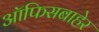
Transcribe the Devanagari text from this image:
ऑफिसबाहेर